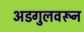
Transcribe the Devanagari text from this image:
अडगुलवरून